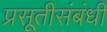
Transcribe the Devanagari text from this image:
प्रसूतीसंबंधी